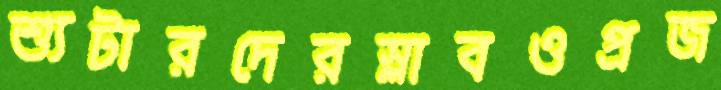
শ্যুটারদেরস্লাবওপ্রজ